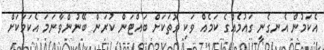
އެކަމުން އެނގެނީ ގައުމެއްގެ ކަމެއް ވަކި ގޮތަކަށް ބައްޓަން ކުރަން ބޭނުންވާނަމަ އެކަމަކަށް